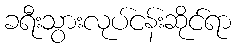
ခရီးသွားလုပ်ငန်းဆိုင်ရာ